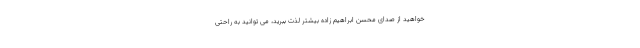
خواهید از صدای محسن ابراهیم زاده بیشتر لذت ببرید، می توانید به راحتی